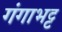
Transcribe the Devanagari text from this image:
गंगाभट्ट